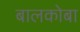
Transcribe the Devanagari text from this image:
बालकोबा